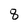
Character: 8